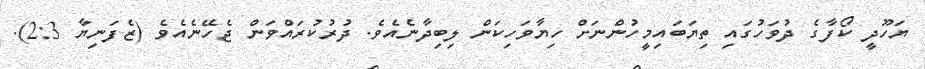
ޔަހޫދީ ކޯފާގެ ދުވަހުގައި ތިޔަބައިމީހުންނަށް ހިޔާވަހިކަން ލިބިދާނެއެވެ. ދުރުކުރައްވަން ޖެހޭނެއެވެ (ޒެފަނިޔާ 2:3).